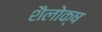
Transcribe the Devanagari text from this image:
शैलोक्ष